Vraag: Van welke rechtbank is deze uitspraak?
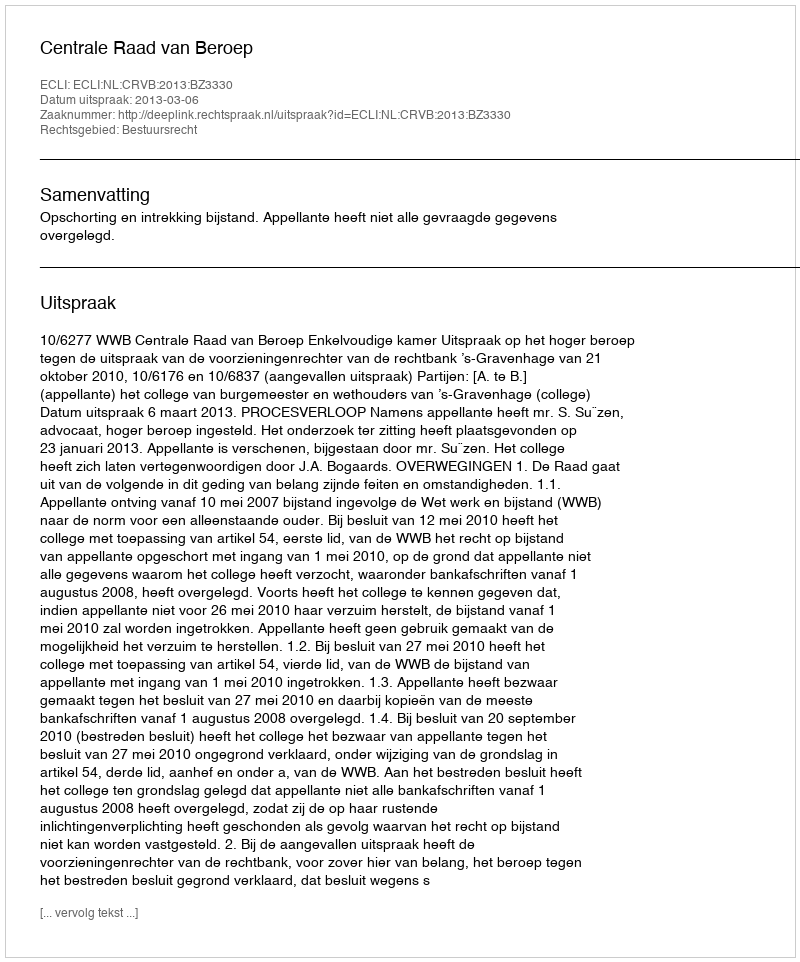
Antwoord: Centrale Raad van Beroep